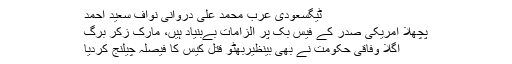
ٹیگسعودی عرب محمد علی دروانی نواف سعید احمد
پچھلا امریکی صدر کے فیس بک پر الزامات بےبنیاد ہیں، مارک زکر برگ
اگلا وفاقی حکومت نے بھی بینظیربھٹو قتل کیس کا فیصلہ چیلنج کردیا